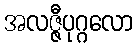
အလဇ္ဇီပုဂ္ဂလော